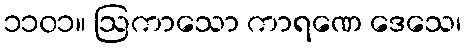
၁၁၀၁။ ဩကာသော ကာရဏေ ဒေသေ၊